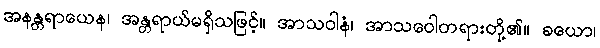
အနန္တရာယေန၊ အန္တရာယ်မရှိသဖြင့်။ အာသဝါနံ၊ အာသဝေါတရားတို့၏။ ခယော၊